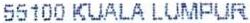
55100 KUALA LUMPUR